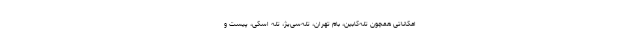
امکاناتی همچون تله‌کابین، بام تهران، تله‌سی‌یژ، تله‌ اسکی، پیست و